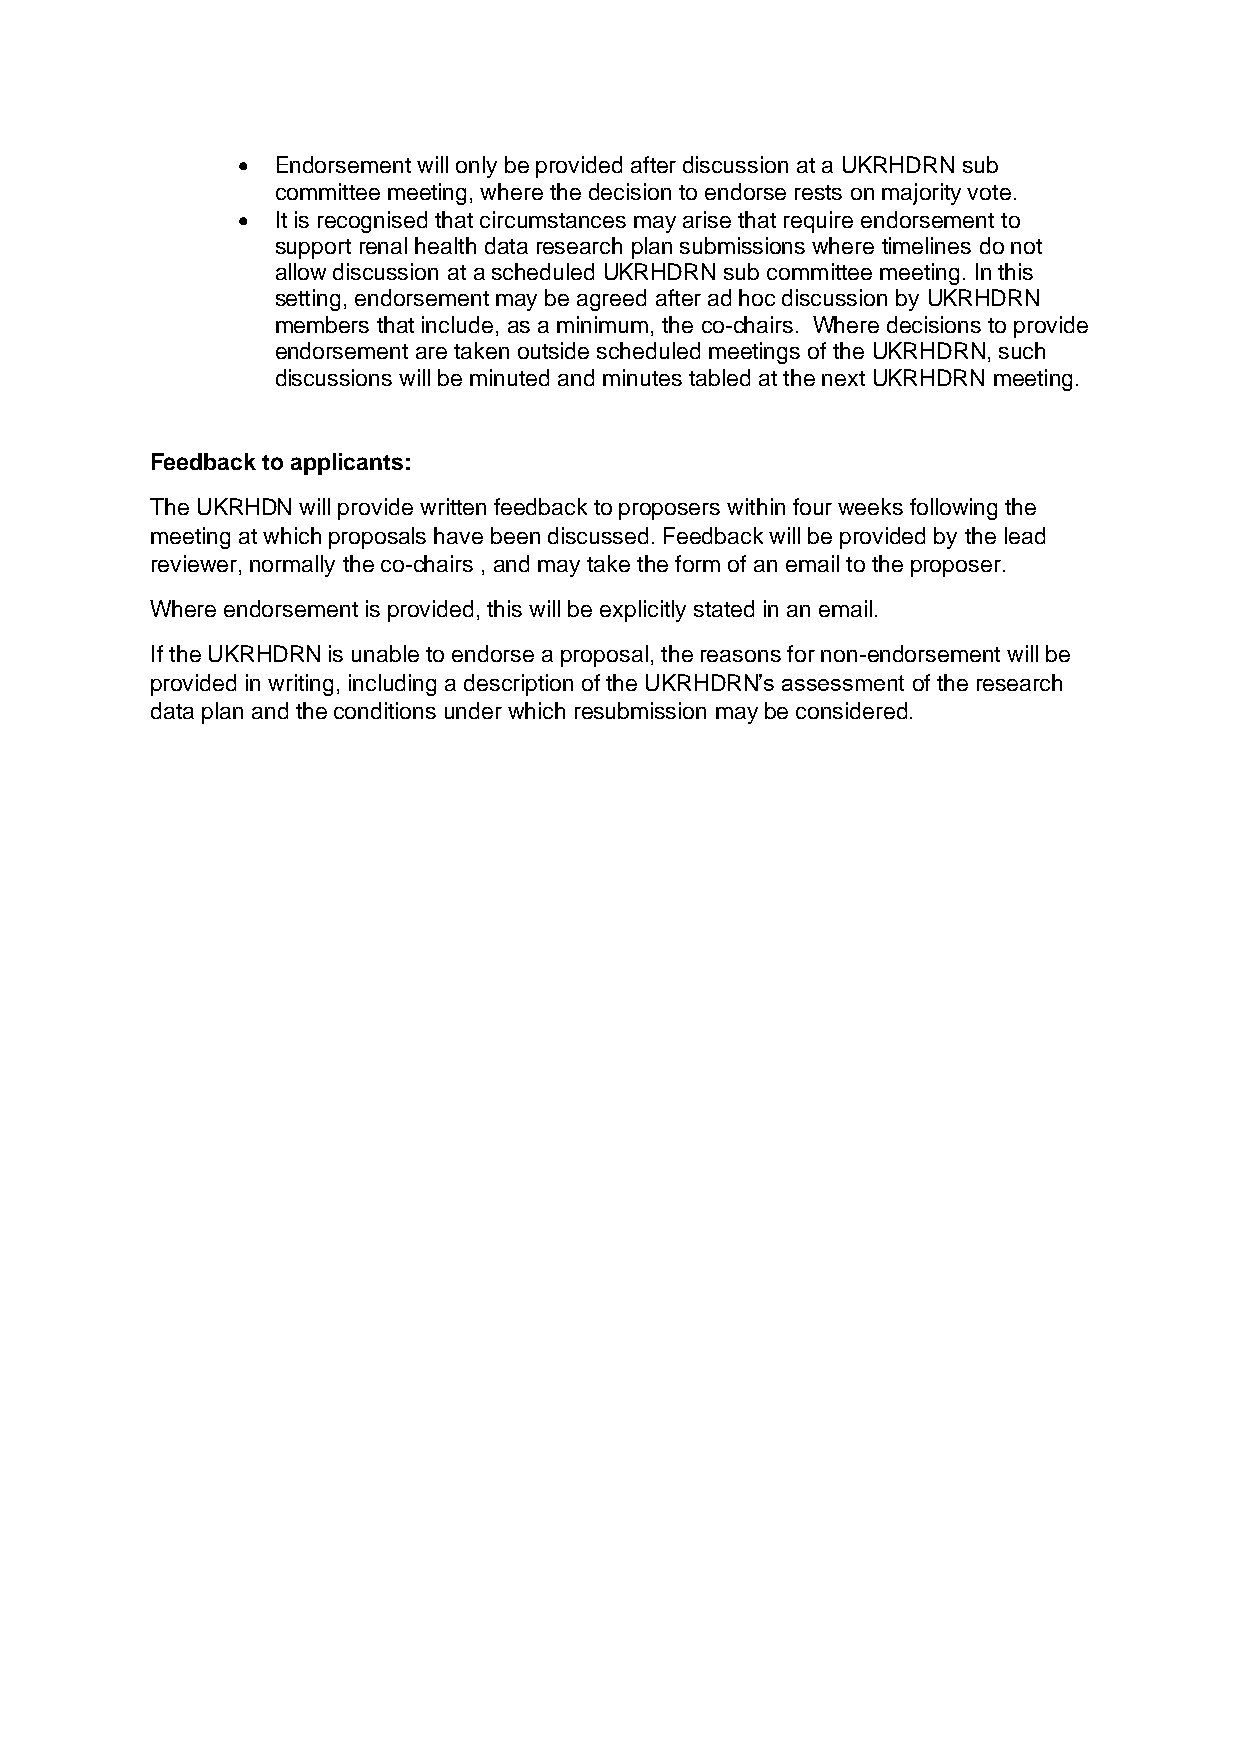
• Endorsement will only be provided after discussion at a UKRHDRN sub
 committee meeting, where the decision to endorse rests on majority vote.
 • It is recognised that circumstances may arise that require endorsement to
 support renal health data research plan submissions where timelines do not
 allow discussion at a scheduled UKRHDRN sub committee meeting. In this
 setting, endorsement may be agreed after ad hoc discussion by UKRHDRN
 members that include, as a minimum, the co-chairs. Where decisions to provide
 endorsement are taken outside scheduled meetings of the UKRHDRN, such
 discussions will be minuted and minutes tabled at the next UKRHDRN meeting.
 Feedback to applicants:
 The UKRHDN will provide written feedback to proposers within four weeks following the
 meeting at which proposals have been discussed. Feedback will be provided by the lead
 reviewer, normally the co-chairs , and may take the form of an email to the proposer.
 Where endorsement is provided, this will be explicitly stated in an email.
 If the UKRHDRN is unable to endorse a proposal, the reasons for non-endorsement will be
 provided in writing, including a description of the UKRHDRN’s assessment of the research
 data plan and the conditions under which resubmission may be considered.